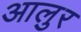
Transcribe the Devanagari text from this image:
आलुर